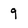
Character: 9